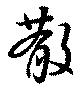
散